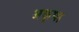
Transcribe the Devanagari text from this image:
अकृपा